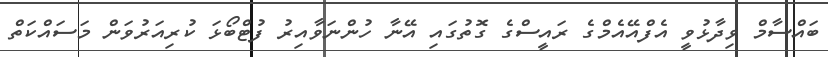
ބައްސާމް ވިދާޅުވީ އެފްއޭއެމްގެ ރައީސްގެ ގޮތުގައި އޭނާ ހުންނަވާއިރު ފުޓްބޯޅަ ކުރިއަރުވަން މަސައްކަތް